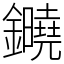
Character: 䥵